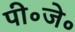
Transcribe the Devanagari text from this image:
पी॰जे॰